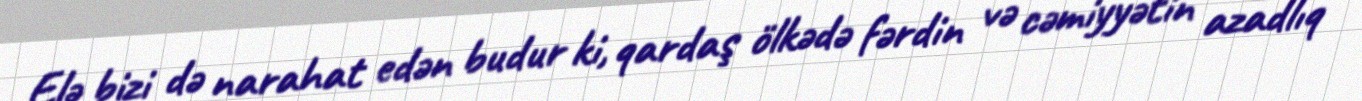
Elə bizi də narahat edən budur ki, qardaş ölkədə fərdin və cəmiyyətin azadlıq